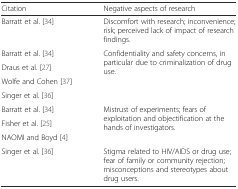
<table><thead><tr><td><b>Citation</b></td><td><b>Negative aspects of research</b></td></tr></thead><tbody><tr><td>Barratt et al. [34]</td><td>Discomfort with research; inconvenience; risk; perceived lack of impact of research findings.</td></tr><tr><td>Barratt et al. [34]</td><td rowspan="4">Confidentiality and safety concerns, in particular due to criminalization of drug use.</td></tr><tr><td>Draus et al. [27]</td></tr><tr><td>Wolfe and Cohen [37]</td></tr><tr><td>Singer et al. [36]</td></tr><tr><td>Barratt et al. [34]</td><td rowspan="3">Mistrust of experiments; fears of exploitation and objectification at the hands of investigators.</td></tr><tr><td>Fisher et al. [25]</td></tr><tr><td>NAOMI and Boyd [4]</td></tr><tr><td>Singer et al. [36]</td><td>Stigma related to HIV/AIDS or drug use; fear of family or community rejection; misconceptions and stereotypes about drug users.</td></tr></tbody></table>